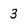
Character: 3